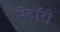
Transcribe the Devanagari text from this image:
मेटॉरो